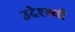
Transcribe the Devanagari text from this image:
उदेश्श्यी